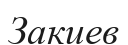
Закиев